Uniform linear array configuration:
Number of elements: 48
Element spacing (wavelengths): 0.75
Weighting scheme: blackman
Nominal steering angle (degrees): -30
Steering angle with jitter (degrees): -28.65
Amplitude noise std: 0.05
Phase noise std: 0.05

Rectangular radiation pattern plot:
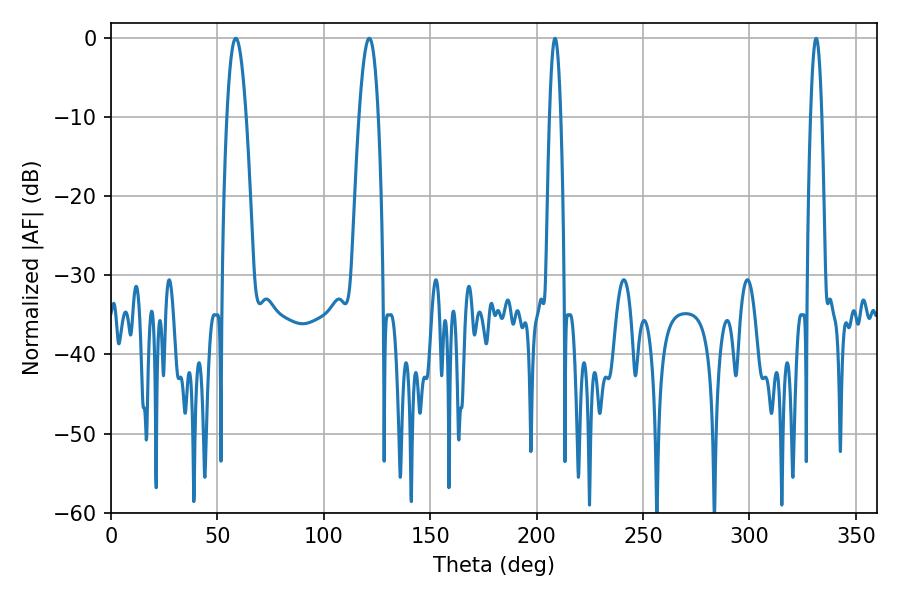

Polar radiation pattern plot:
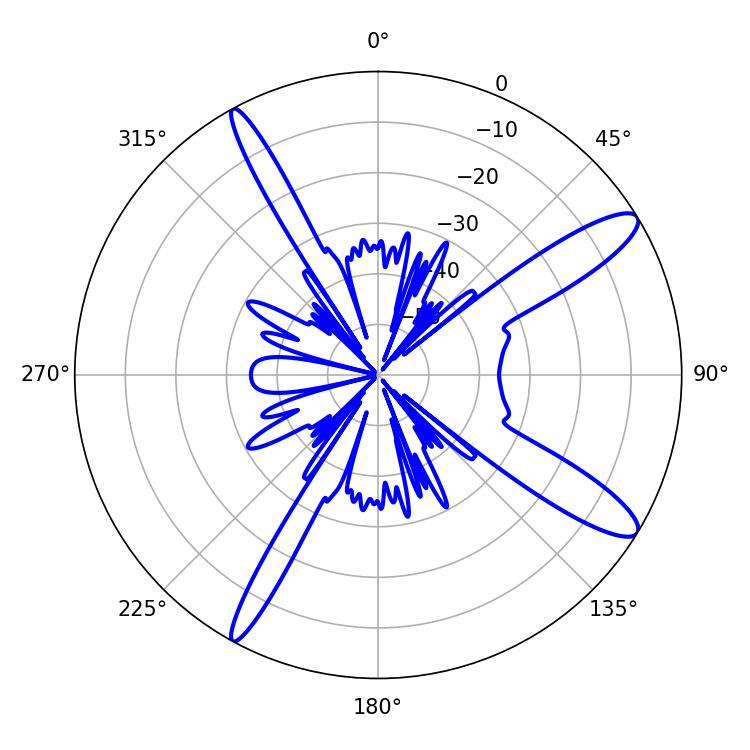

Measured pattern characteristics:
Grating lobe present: TRUE
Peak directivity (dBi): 12.684
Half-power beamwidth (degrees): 4.86
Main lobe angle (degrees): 58.68